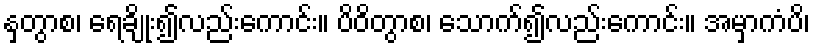
နှတွာစ၊ ရေချိုး၍လည်းကောင်း။ ပိဝိတွာစ၊ သောက်၍လည်းကောင်း။ အမှာကံပိ၊